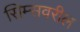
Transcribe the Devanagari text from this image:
सिम्सवरील